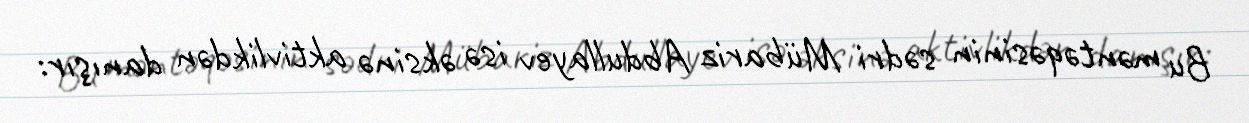
Bu məntəqəsinin sədri Mübariz Abdullayev isə əksinə aktivlikdən danışır: